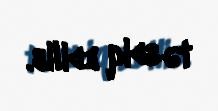
təsdiq edilib.